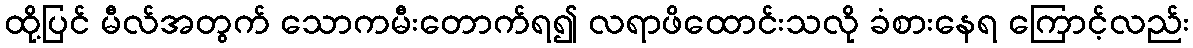
ထို့ပြင် မီလ်အတွက် သောကမီးတောက်ရ၍ လရာဖိထောင်းသလို ခံစားနေရ ကြောင့်လည်း